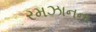
રમઝાનના